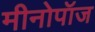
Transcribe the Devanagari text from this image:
मीनोपॉज